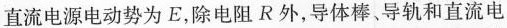
直流电源电动势为E，除电阻R外，导体棒、导轨和直流电